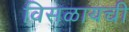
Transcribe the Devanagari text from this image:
विसळायची